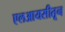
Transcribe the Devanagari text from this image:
एलआयसीतून